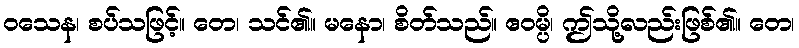
ဝသေန၊ စပ်သဖြင့်။ တေ၊ သင်၏။ မနော၊ စိတ်သည်။ ဧဝမ္ပိ၊ ဤသို့လည်းဖြစ်၏။ တေ၊